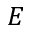
E